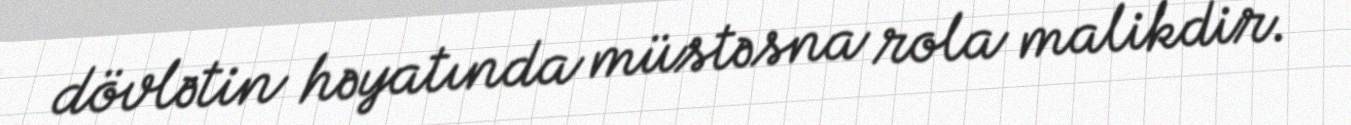
dövlətin həyatında müstəsna rola malikdir.